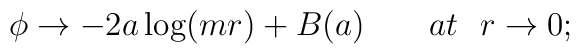
\phi \rightarrow -2a\log (mr)+B(a)\qquad at~\ r\rightarrow 0;